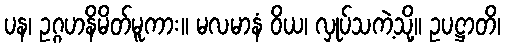
ပန၊ ဥဂ္ဂဟနိမိတ်မူကား။ မလမာနံ ဝိယ၊ လှုပ်သကဲ့သို့။ ဥပဋ္ဌာတိ၊